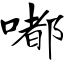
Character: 嘟